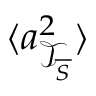
\langle \boldsymbol { a } _ { \mathcal { T } _ { \overline { { S } } } } ^ { 2 } \rangle